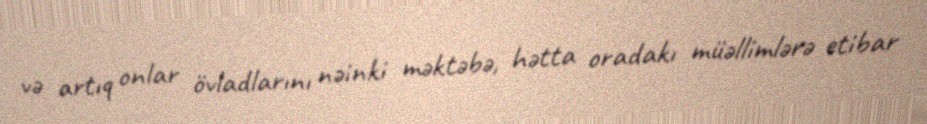
və artıq onlar övladlarını nəinki məktəbə, hətta oradakı müəllimlərə etibar